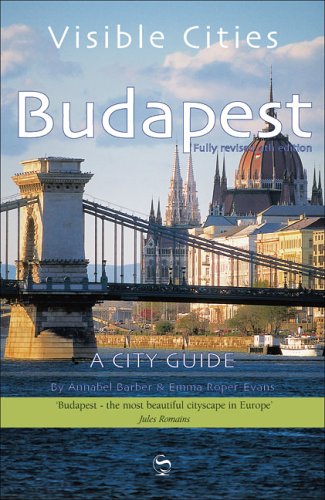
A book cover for Visible Cities Budapest (Visible Cities Guidebook series); Annabel Barber; Travel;